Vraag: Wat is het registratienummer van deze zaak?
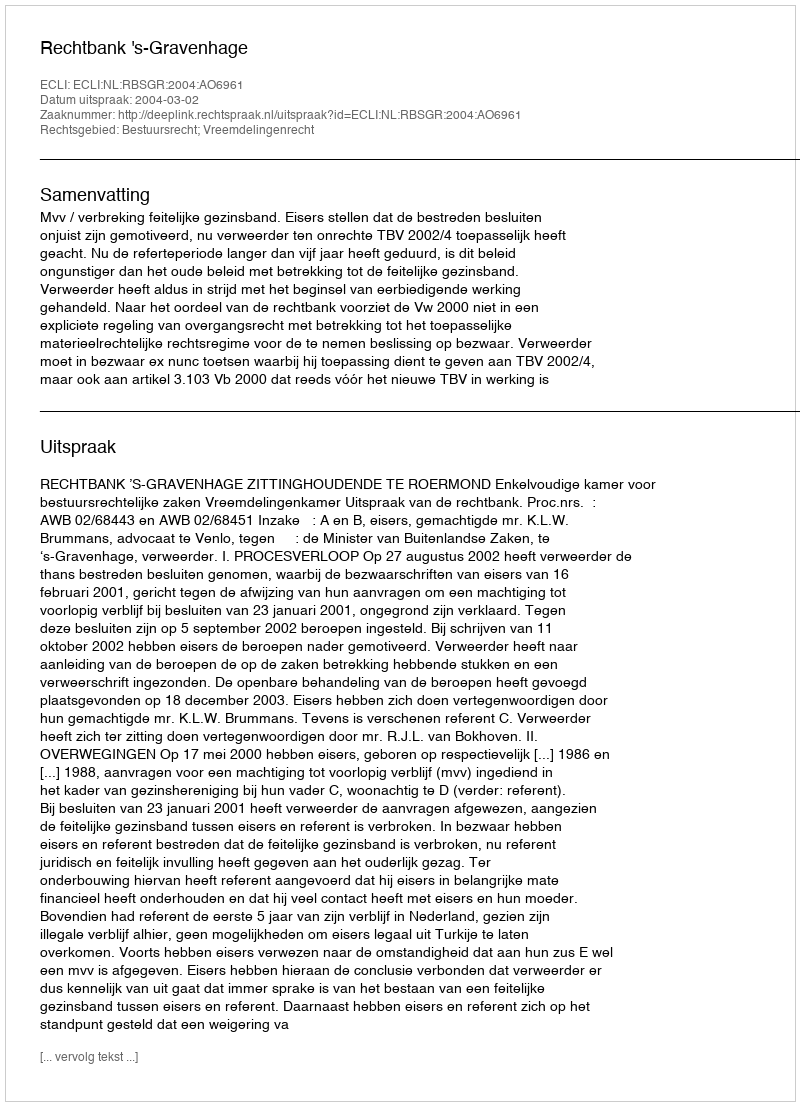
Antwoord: http://deeplink.rechtspraak.nl/uitspraak?id=ECLI:NL:RBSGR:2004:AO6961